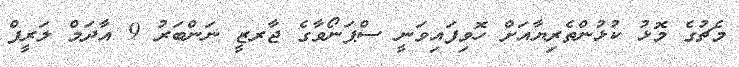
މެޗުގެ މޮޅު ކުޅުންތެރިޔާއަށް ހޮވިފައިވަނީ ސްޕަނޯވާގެ ޖާރޒީ ނަންބަރު 9 އާދަމް ލަރީފް